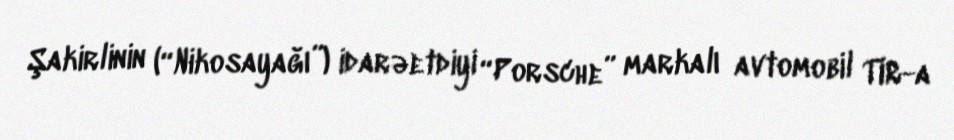
Şakirlinin (“Nikosayağı”) idarəetdiyi “Porsche” markalı avtomobil TIR-a